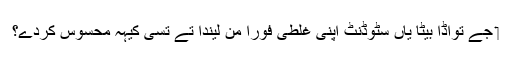
‏ جے تواڈا بیٹا یاں سٹوڈنٹ اپنی غلطی فوراً من لیندا تے تُسی کیہہ محسوس کردے؟